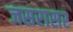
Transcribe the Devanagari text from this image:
जसरासर